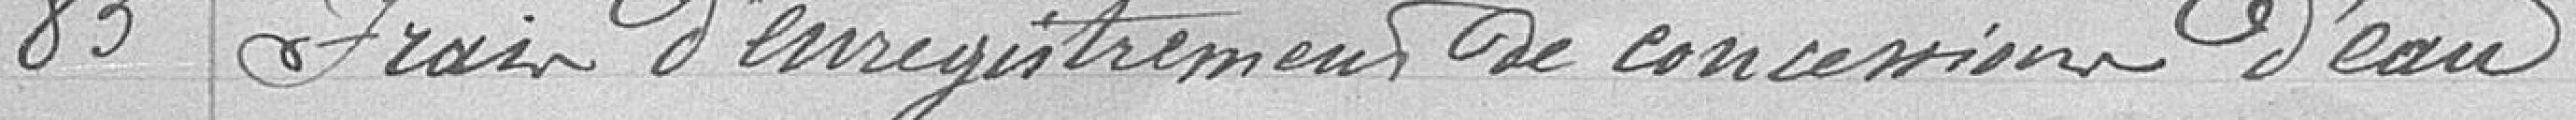
85 Frais d'enregistrement de concession d'eau